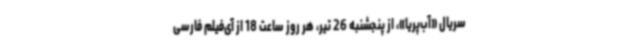
سریال «آب‌پریا»، از پنجشنبه 26 تیر، هر روز ساعت 18 از آی‌فیلم فارسی